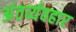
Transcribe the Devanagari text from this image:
अंतर्व्यवहार